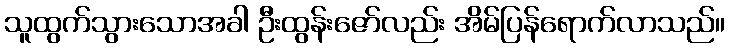
သူထွက်သွားသောအခါ ဦးထွန်းဇော်လည်း အိမ်ပြန်ရောက်လာသည်။